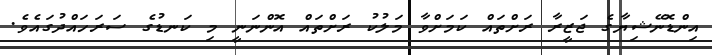
އިންޑޮނޭޝިޔާގެ ޖަޒީރާ ރަށްތައް ކަމަށްވާ މަލުކު ރަށްތައް އޮންނަނީ މި ކަނޑުގެ ސަރަހައްދުގައެވެ.